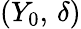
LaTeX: (Y_{0},\, \delta)